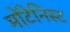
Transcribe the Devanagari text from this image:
मोंटेनिस्ट